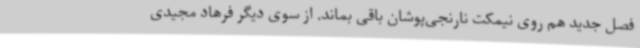
فصل جدید هم روی نیمکت نارنجی‌پوشان باقی بماند. از سوی دیگر فرهاد مجیدی